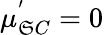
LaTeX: \mu_{\mathfrak{S}C}^{'}=0